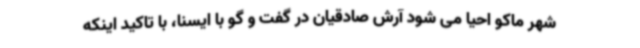
شهر ماکو احیا می شود آرش صادقیان در گفت و گو با ایسنا، با تاکید اینکه